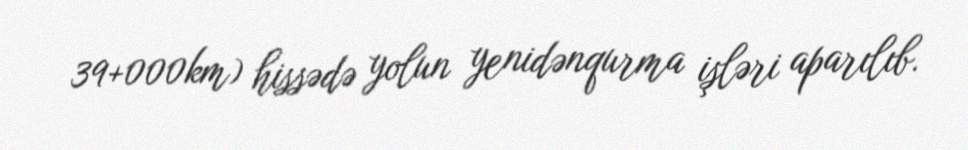
39+000km) hissədə yolun yenidənqurma işləri aparılıb.